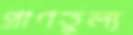
প্রাণতুল্য